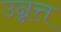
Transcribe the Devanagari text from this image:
उन्नत्त